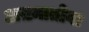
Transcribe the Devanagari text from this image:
अख़्मातोवा